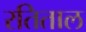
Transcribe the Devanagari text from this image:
रतिताल